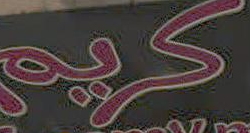
كريم